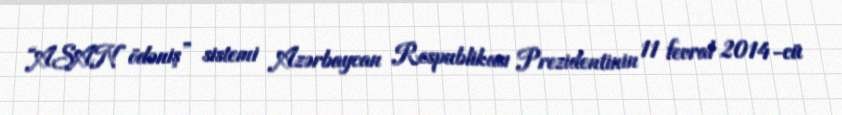
“ASAN ödəniş” sistemi Azərbaycan Respublikası Prezidentinin 11 fevral 2014-cü